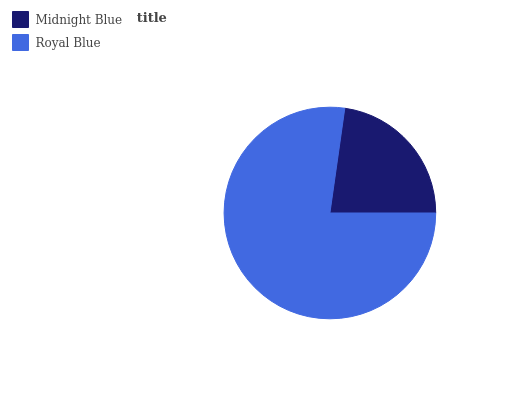
| Midnight Blue | Royal Blue |
 | --- | --- |
 | 22.8% | 77.2% |